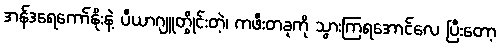
အန်ဒရေကော်နိုးနဲ့ ပီယာဂျူတွိုင်းတဲ့၊ ကဖီးတခုကို သွားကြရအောင်လေ ပြီးတော့